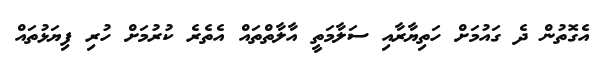
އެގޮތުން ދެ ގައުމަށް ހަތިޔާރާއި ސަލާމަތީ އާލާތްތައް އެތެރެ ކުރުމަށް ހުރި ފިޔަަޅުތައް